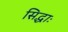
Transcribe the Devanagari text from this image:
सिद्धाः